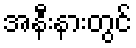
အနီးနားတွင်